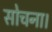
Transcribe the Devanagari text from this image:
सोचना।